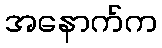
အနောက်က